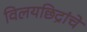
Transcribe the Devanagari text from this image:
विलयछिद्रांचे